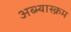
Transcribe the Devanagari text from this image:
अब्भ्यास्क्रम